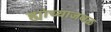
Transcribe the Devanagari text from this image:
ह्यांच्याजवळ